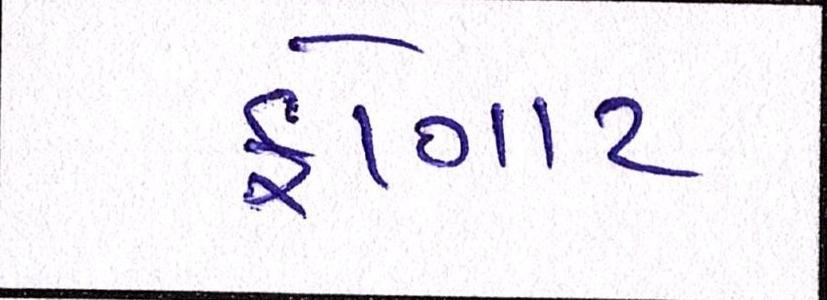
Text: ફોગાટ